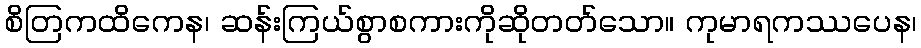
စိတြကထိကေန၊ ဆန်းကြယ်စွာစကားကိုဆိုတတ်သော။ ကုမာရကဿပေန၊